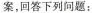
案，回答下列问题：